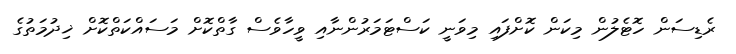
ރެޑިސަން ހޮޓެލުން މިކަން ކޮށްފައި މިވަނީ ކަސްޓަމަރުންނާއި ވީހާވެސް ގާތްކޮށް މަސައްކަތްކޮށް ޚިދުމަތުގެ